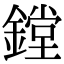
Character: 鏜